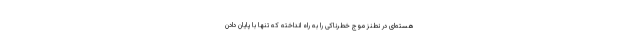
هسته‌ای در نطنز موج خطرناکی را به راه انداخته که تنها با پایان دادن